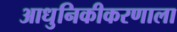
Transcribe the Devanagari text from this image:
आधुनिकीकरणाला